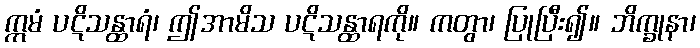
ဣမံ ပဋိသန္ထာရံ၊ ဤအာမိသ ပဋိသန္ထာရကို။ ကတွာ၊ ပြုပြီး၍။ ဘိက္ခုနာ၊